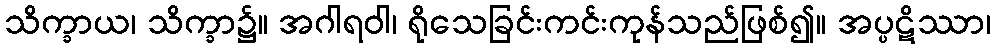
သိက္ခာယ၊ သိက္ခာ၌။ အဂါရဝါ၊ ရိုသေခြင်းကင်းကုန်သည်ဖြစ်၍။ အပ္ပဋိဿာ၊